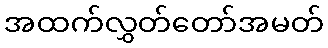
အထက်လွှတ်တော်အမတ်